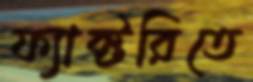
ফ্যাক্টরিতে